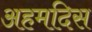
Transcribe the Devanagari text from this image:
अहमदिस